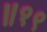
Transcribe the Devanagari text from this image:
॥१९